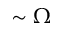
\sim \Omega